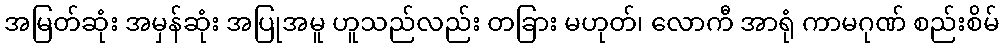
အမြတ်ဆုံး အမှန်ဆုံး အပြုအမူ ဟူသည်လည်း တခြား မဟုတ်၊ လောကီ အာရုံ ကာမဂုဏ် စည်းစိမ်